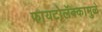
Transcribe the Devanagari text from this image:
फायटोलॅक्कामुळे